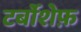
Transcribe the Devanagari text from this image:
टर्बोशेफ़